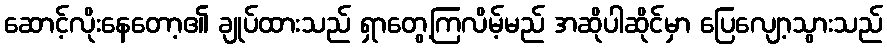
ဆောင့်လိုးနေတော့၏ ချုပ်ထားသည် ရှာတွေ့ကြလိမ့်မည် အဆိုပါဆိုင်မှာ ပြေလျော့သွားသည်